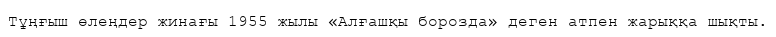
Тұңғыш өлеңдер жинағы 1955 жылы «Алғашқы борозда» деген атпен жарыққа шықты.